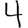
Digit: 4